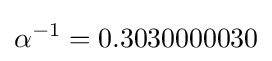
\alpha ^{-1}=0.3030000030